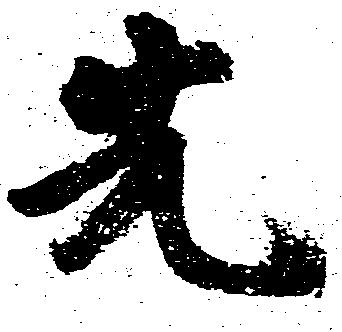
先